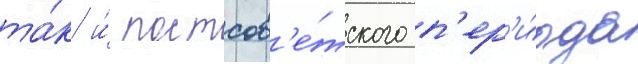
та́к и́ постсов'е́тского п'ер'и́ода